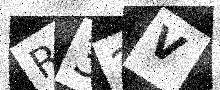
Text: R32V